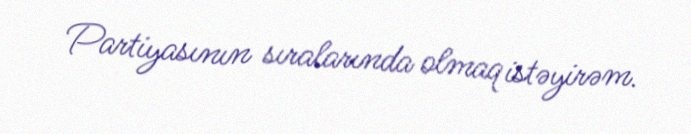
Partiyasının sıralarında olmaq istəyirəm.